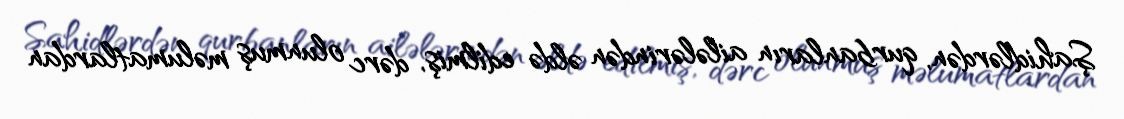
Şahidlərdən, qurbanların ailələrindən əldə edilmiş, dərc olunmuş məlumatlardan